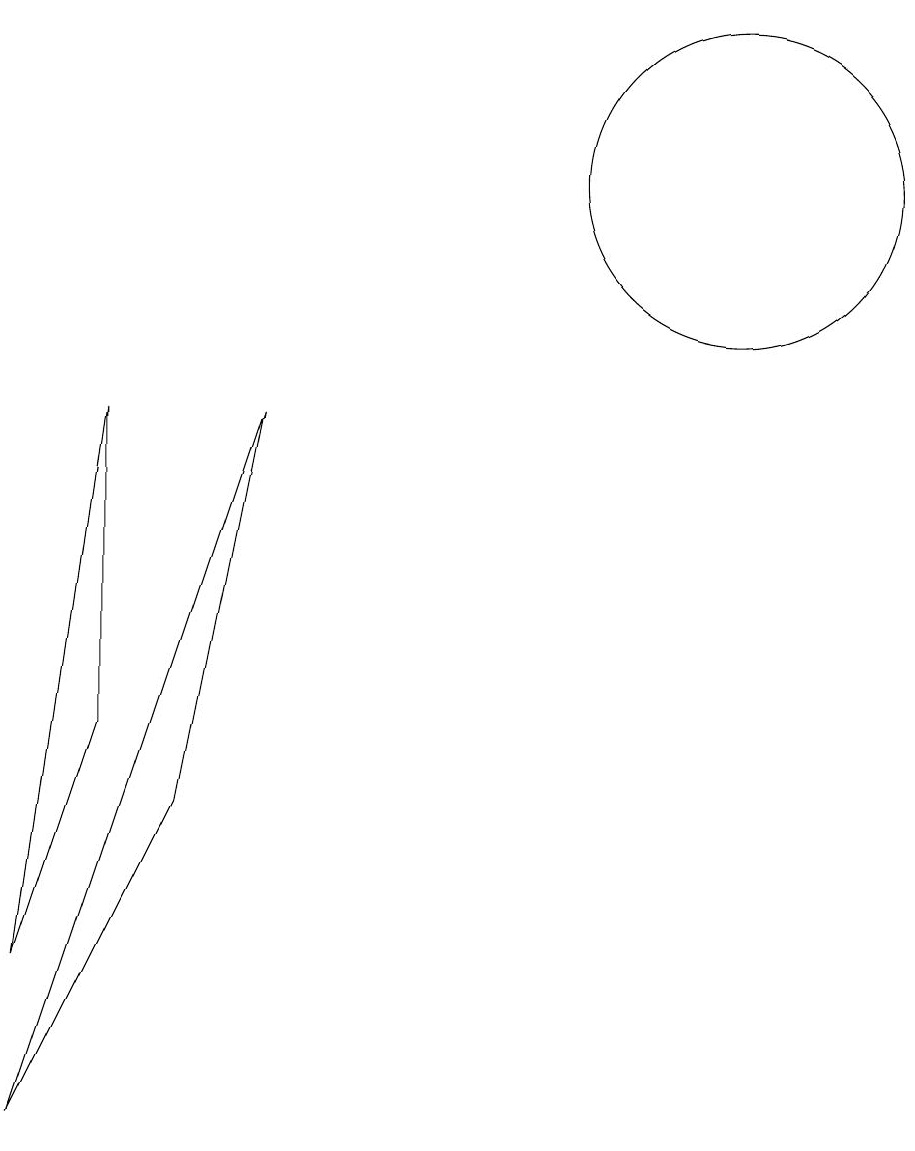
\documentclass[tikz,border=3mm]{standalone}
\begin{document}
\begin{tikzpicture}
\draw (10,12) circle (2);
\draw (2,9) -- (1,2) -- (2,5) -- cycle;
\draw (3,4) -- (1,0) -- (4,9) -- cycle;
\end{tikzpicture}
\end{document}